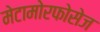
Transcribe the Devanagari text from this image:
मेटामोरफोसेज